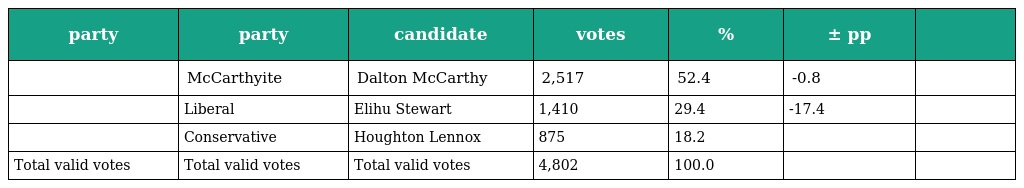
| party | party | candidate | votes | % | ± pp |  |
 | --- | --- | --- | --- | --- | --- | --- |
 |  | McCarthyite | Dalton McCarthy | 2,517 | 52.4 | -0.8 |  |
 |  | Liberal | Elihu Stewart | 1,410 | 29.4 | -17.4 |  |
 |  | Conservative | Houghton Lennox | 875 | 18.2 |  |  |
 | Total valid votes | Total valid votes | Total valid votes | 4,802 | 100.0 |  |  |